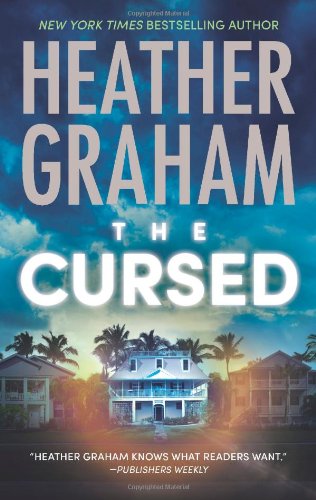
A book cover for The Cursed (Krewe of Hunters); Heather Graham; Mystery, Thriller & Suspense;